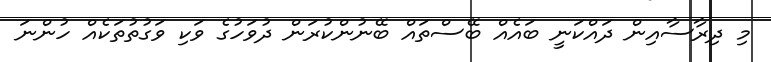
މި ދިރާސާއިން ދައްކަނީ ބައެއް ބޭސްތައް ބޭނުންކުރަން ދުވަހުގެ ވަކި ވަގުތުތަކެއް ހުންނަ